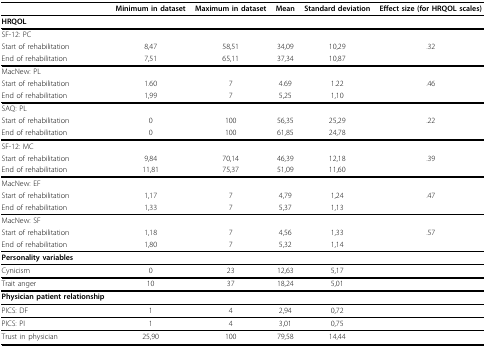
<table><thead><tr><td></td><td><b>Minimum in dataset</b></td><td><b>Maximum in dataset</b></td><td><b>Mean</b></td><td><b>Standard deviation</b></td><td><b>Effect size (for HRQOL scales)</b></td></tr></thead><tbody><tr><td><b>HRQOL</b></td><td></td><td></td><td></td><td></td><td></td></tr><tr><td>SF-12: PC</td><td></td><td></td><td></td><td></td><td></td></tr><tr><td>Start of rehabilitation</td><td>8,47</td><td>58,51</td><td>34,09</td><td>10,29</td><td>.32</td></tr><tr><td>End of rehabilitation</td><td>7,51</td><td>65,11</td><td>37,34</td><td>10,87</td><td></td></tr><tr><td>MacNew: PL</td><td></td><td></td><td></td><td></td><td></td></tr><tr><td>Start of rehabilitation</td><td>1.60</td><td>7</td><td>4.69</td><td>1.22</td><td>.46</td></tr><tr><td>End of rehabilitation</td><td>1,99</td><td>7</td><td>5,25</td><td>1,10</td><td></td></tr><tr><td>SAQ: PL</td><td></td><td></td><td></td><td></td><td></td></tr><tr><td>Start of rehabilitation</td><td>0</td><td>100</td><td>56,35</td><td>25,29</td><td>.22</td></tr><tr><td>End of rehabilitation</td><td>0</td><td>100</td><td>61,85</td><td>24,78</td><td></td></tr><tr><td>SF-12: MC</td><td></td><td></td><td></td><td></td><td></td></tr><tr><td>Start of rehabilitation</td><td>9,84</td><td>70,14</td><td>46,39</td><td>12,18</td><td>.39</td></tr><tr><td>End of rehabilitation</td><td>11,81</td><td>75,37</td><td>51,09</td><td>11,60</td><td></td></tr><tr><td>MacNew: EF</td><td></td><td></td><td></td><td></td><td></td></tr><tr><td>Start of rehabilitation</td><td>1,17</td><td>7</td><td>4,79</td><td>1,24</td><td>.47</td></tr><tr><td>End of rehabilitation</td><td>1,33</td><td>7</td><td>5,37</td><td>1,13</td><td></td></tr><tr><td>MacNew: SF</td><td></td><td></td><td></td><td></td><td></td></tr><tr><td>Start of rehabilitation</td><td>1,18</td><td>7</td><td>4,56</td><td>1,33</td><td>.57</td></tr><tr><td>End of rehabilitation</td><td>1,80</td><td>7</td><td>5,32</td><td>1,14</td><td></td></tr><tr><td><b>Personality variables</b></td><td></td><td></td><td></td><td></td><td></td></tr><tr><td>Cynicism</td><td>0</td><td>23</td><td>12,63</td><td>5,17</td><td></td></tr><tr><td>Trait anger</td><td>10</td><td>37</td><td>18,24</td><td>5,01</td><td></td></tr><tr><td><b>Physician patient relationship</b></td><td></td><td></td><td></td><td></td><td></td></tr><tr><td>PICS: DF</td><td>1</td><td>4</td><td>2,94</td><td>0,72</td><td></td></tr><tr><td>PICS: PI</td><td>1</td><td>4</td><td>3,01</td><td>0,75</td><td></td></tr><tr><td>Trust in physician</td><td>25,90</td><td>100</td><td>79,58</td><td>14,44</td><td></td></tr></tbody></table>